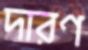
দারণ